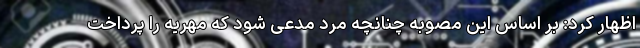
اظهار کرد: بر اساس این مصوبه چنانچه مرد مدعی شود که مهریه را پرداخت